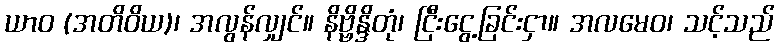
ယာဝ (အတိဝိယ)၊ အလွန်လျှင်။ နိဗ္ဗိန္ဒိတုံ၊ ငြီးငွေ့ခြင်းငှာ။ အလမေဝ၊ သင့်သည်